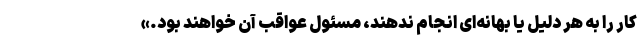
کار را به هر دلیل یا بهانه‌ای انجام ندهند، مسئول عواقب آن خواهند بود.»